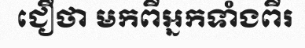
ជឿថា មកពីអ្នកទាំងពីរ